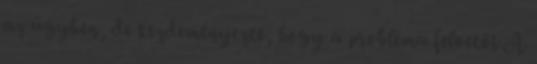
az ügyben, de kezdeményezte, hogy a probléma felvetői A